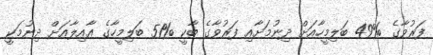
ފަރުވާގެ %49 ބަލިމީހާއަށް ދިނުމަށާއި ފަރުވާގެ ބާކީ %51 ބަލިމީހާގެ ޢާއިލާއަށް ދިނުމަކީ